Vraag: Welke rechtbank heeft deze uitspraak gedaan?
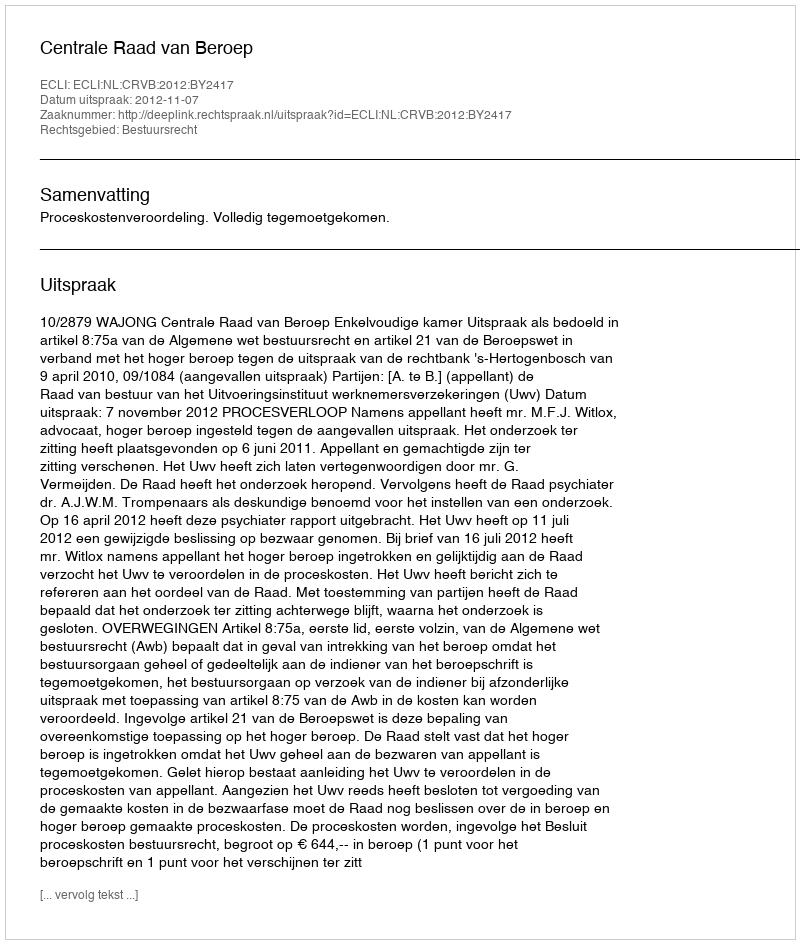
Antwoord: Centrale Raad van Beroep